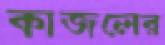
কাজলের